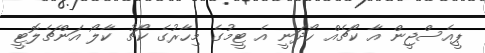
ޕީއެސްޖީން އާ ކޯޗެއް ހޯދަނީ އެ ޓީމުގެ މިހާރުގެ ކޯޗު ކާލޯ އަންޗެލޮޓީ